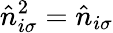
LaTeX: \hat{n}_{i\sigma}^{2}=\hat{n}_{i\sigma}